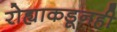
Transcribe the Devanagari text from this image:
रोह्याकडूनही